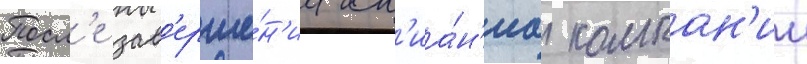
Посл'е зав'ерше́н'иа сл'иа́н'иа компан'ии